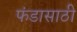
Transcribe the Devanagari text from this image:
फंडासाठी